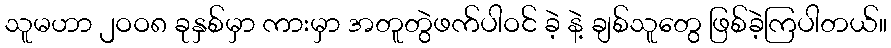
သူမဟာ ၂ဝဝ၈ ခုနှစ်မှာ ကားမှာ အတူတွဲဖက်ပါဝင် ခဲ့ နဲ့ ချစ်သူတွေ ဖြစ်ခဲ့ကြပါတယ်။